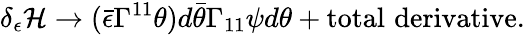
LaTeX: \delta_{\epsilon}{\cal H}\rightarrow(\bar{\epsilon}\Gamma^{11}\theta)d\bar{\theta}\Gamma_{11}\psi d\theta+\mathrm{total\, \, derivative}.